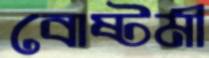
বোষ্টমী